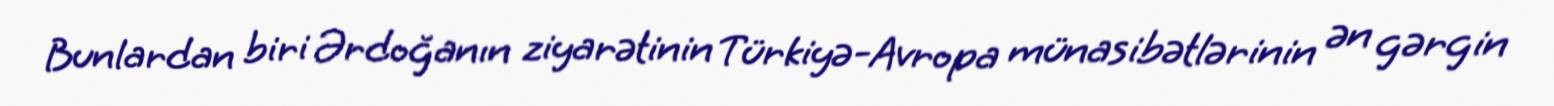
Bunlardan biri Ərdoğanın ziyarətinin Türkiyə-Avropa münasibətlərinin ən gərgin